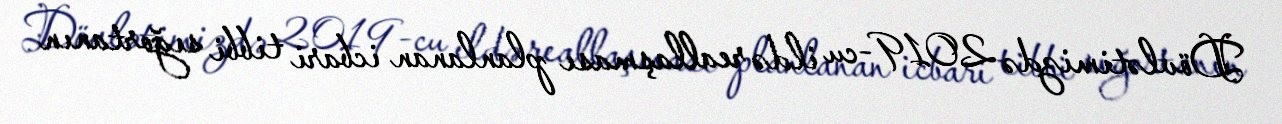
Dövlətimizdə 2019-cu ildə reallaşması planlanan icbari tibbi sığortanın